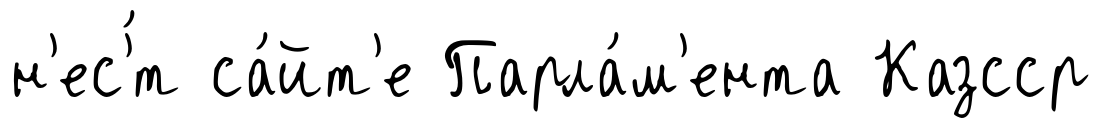
н'ес'́т са́йт'е Парла́м'ента Казсср